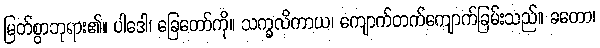
မြတ်စွာဘုရား၏။ ပါဒေါ၊ ခြေတော်ကို။ သက္ခလိကာယ၊ ကျောက်တက်ကျောက်ခြမ်းသည်။ ခတော၊